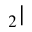
_ 2 |